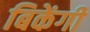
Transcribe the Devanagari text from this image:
बिकेंगी